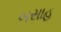
બસાહ